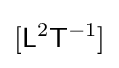
[{\mathsf {L}}^{2}{\mathsf {T}}^{-1}]